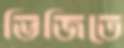
ভিজিতে